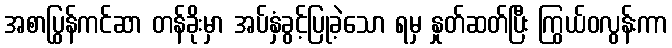
အစာပြွန်ကင်ဆာ တန်ခိုးမှာ အပ်နှံခွင့်ပြုခဲ့သော ရမှ နှုတ်ဆတ်ပြီး ကြွယ်ဝလွန်းကာ